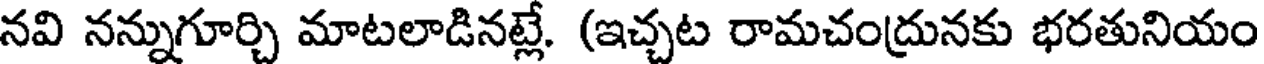
నవి నన్నుగూర్చి మాటలాడినట్లే. (ఇచ్చట రామచంద్రునకు భరతునియం